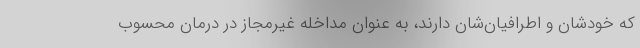
که خودشان و اطرافیان‌شان دارند، به عنوان مداخله غیرمجاز در درمان محسوب